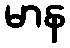
မာန